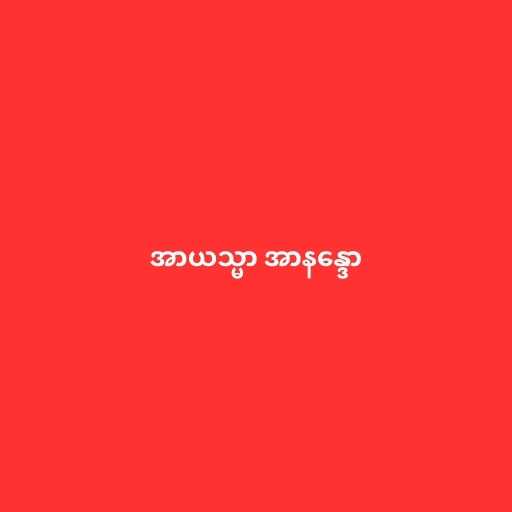
အာယသ္မာ အာနန္ဒော